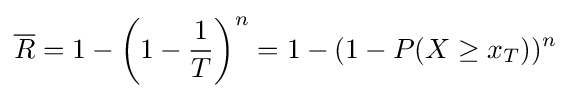
{\overline {R}}=1-\left(1-{1 \over T}\right)^{n}=1-(1-P(X\geq x_{T}))^{n}